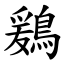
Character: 鶢